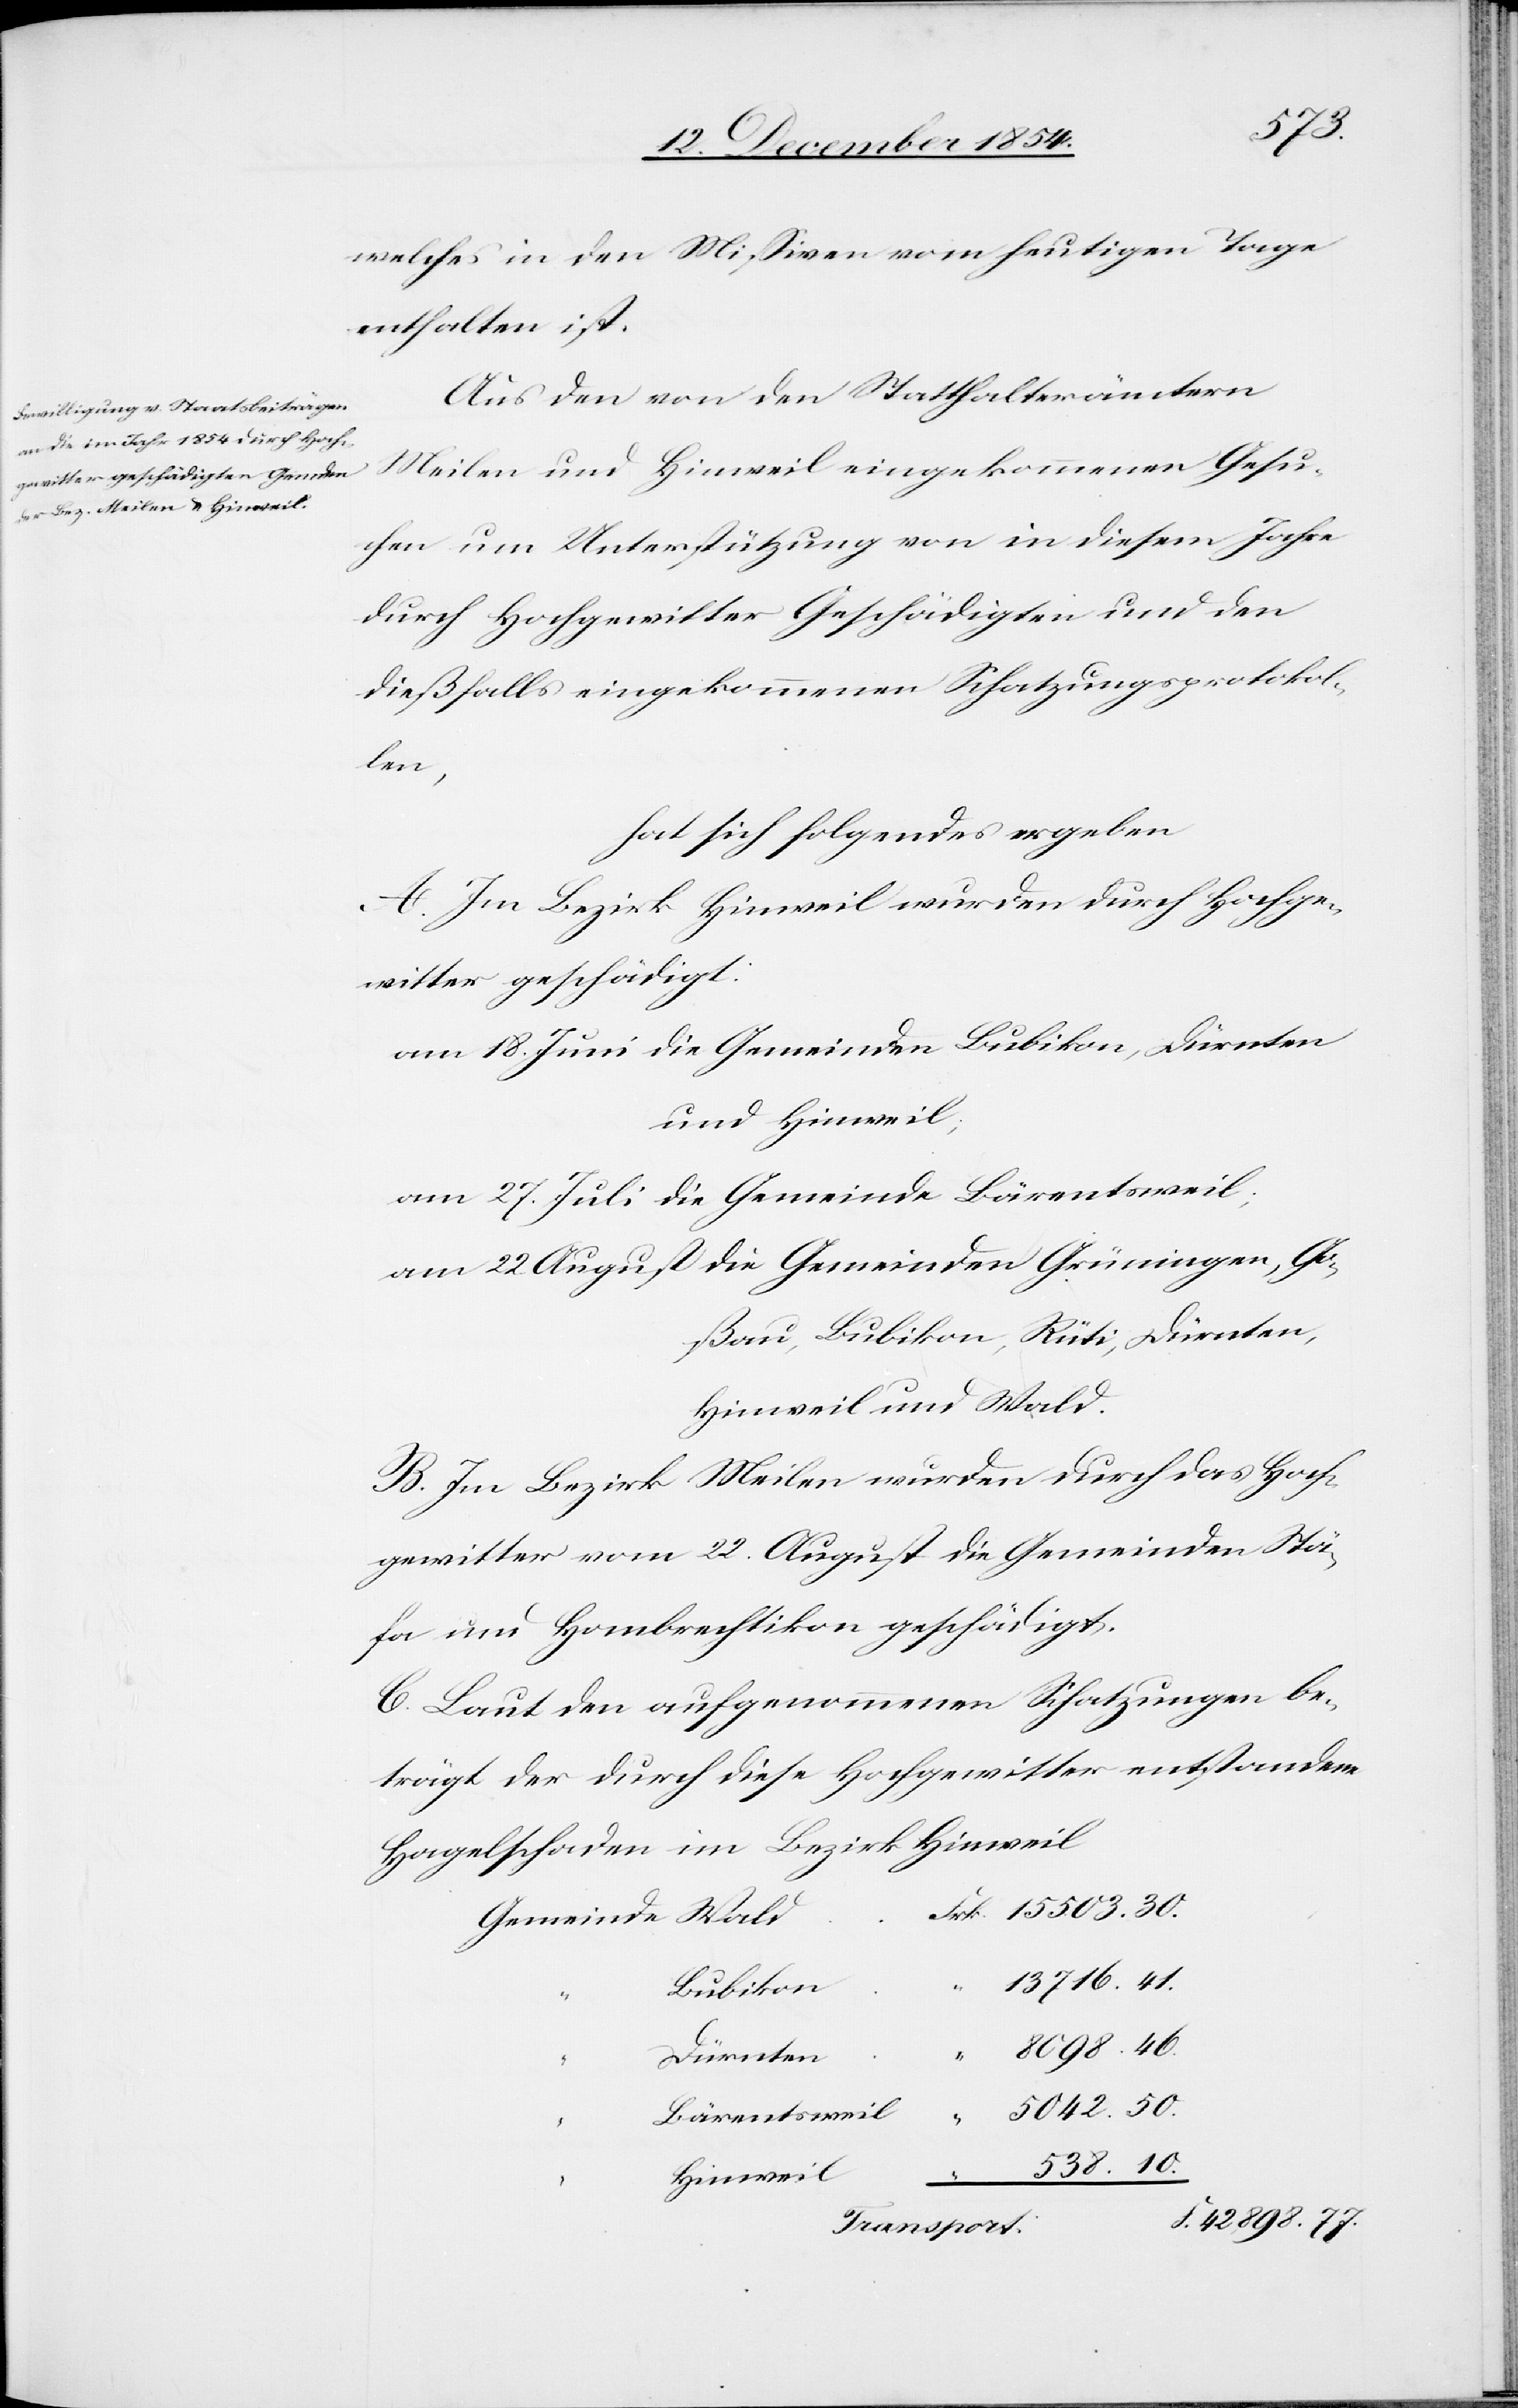
welches in den Mißiven vom heutigen Tage
enthalten ist.
Aus den von den Statthalterämtern
Meilen und Hinweil eingekommenen Gesu¬
chen um Unterstützung von in diesem Jahre
durch Hochgewitter Geschädigten und den
dießfalls eingekommenen Schatzungsprotokol¬
len,
hat sich folgendes ergeben:
A. Im Bezirk Hinweil wurden durch Hochge¬
witter geschädigt:
am 18. Juni die Gemeinden Bubikon, Dürnten
und Hinweil;
am 27. Juli die Gemeinde Bärentsweil;
am 22. August die Gemeinden Grüningen, Go¬
ßau, Bubikon, Rüti, Dürnten,
Hinweil und Wald.
B. Im Bezirk Meilen wurden durch das Hoch¬
gewitter vom 22. August die Gemeinden Stä¬
fa und Hombrechtikon geschädigt.
C. Laut den aufgenommenen Schatzungen be¬
trägt der durch diese Hochgewitter entstandene
Hagelschaden im Bezirk Hinweil
13 716. 41.
Bubikon
8098. 46.
Dürnten
5042. 50.
Bärentsweil
“
538. 10.
Hinweil
“